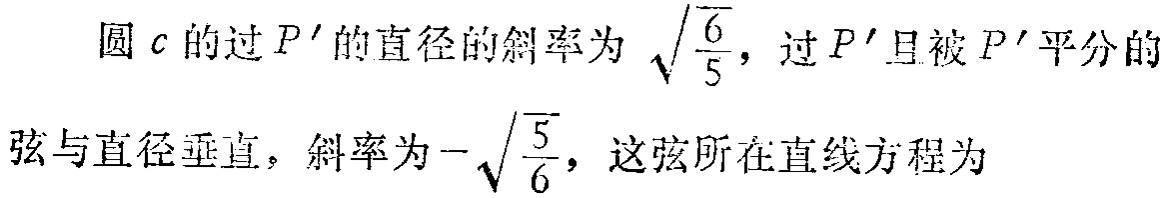
圆\(c\)的过\(P'\)的直径的斜率为\(\sqrt{\frac{6}{5}}\)，过\(P'\)且被\(P'\)平分的弦与直径垂直，斜率为\(-\sqrt{\frac{5}{6}}\)，这弦所在直线方程为